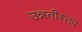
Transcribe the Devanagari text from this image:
उन्नतीस्तव